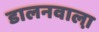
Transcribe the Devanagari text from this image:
डालनवाला़